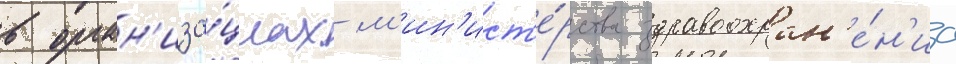
в орган'иза́циах м'ин'ист'е́рства здравоохран'е́н'иа